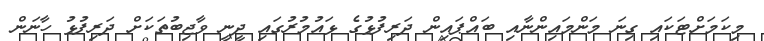
މިކަމަށްޓަކައި ގިނަ މަންމައިންނާއި ބައްޕައިން ދަރިފުޅުގެ ޅައުމުރުގައި ދީނީ ވާޖިބުތަކަށް ދަރިފުޅު ހާނަން